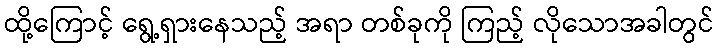
ထို့ကြောင့် ရွေ့ရှားနေသည့် အရာ တစ်ခုကို ကြည့် လိုသောအခါတွင်